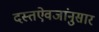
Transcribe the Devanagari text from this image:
दस्तऐवजांनुसार